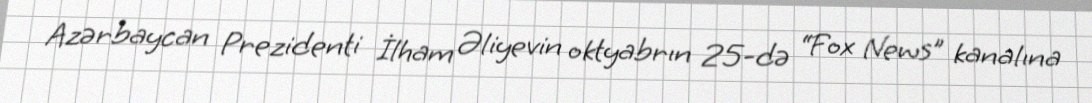
Azərbaycan Prezidenti İlham Əliyevin oktyabrın 25-də “Fox News” kanalına